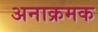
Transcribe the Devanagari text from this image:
अनाक्रमक